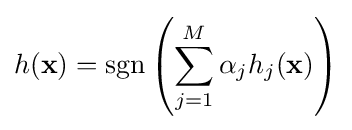
h(\mathbf {x} )=\operatorname {sgn} \left(\sum _{j=1}^{M}\alpha _{j}h_{j}(\mathbf {x} )\right)